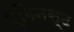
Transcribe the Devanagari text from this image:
एगिनस्ट